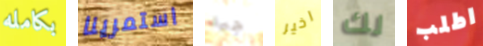
بكامله استمرينا جيد اخير لك اطلب